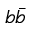
b \bar { b }